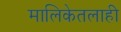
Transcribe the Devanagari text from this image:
मालिकेतलाही